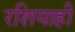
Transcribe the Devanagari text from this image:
रशियाही